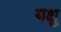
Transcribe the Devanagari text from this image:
यक्षु